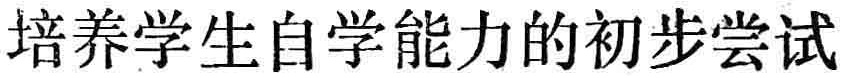
培养学生自学能力的初步尝试